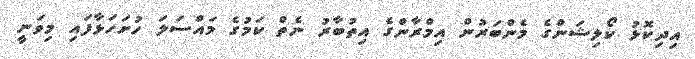
އިދިކޮޅު ކޯލިޝަންގެ މެންބަރުން އިމްރާންގެ އިތުބާރު ނެތް ކަމުގެ މައްސަލަ ހުށަހަޅާފައި މިވަނީ